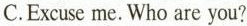
C.Excuse me. Who are you?